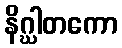
နိဂ္ဃါတကော